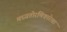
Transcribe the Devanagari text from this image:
मध्यतोरणिकारेखा